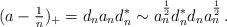
LaTeX: \begin{align*}(a-\tfrac{1}{n})_{+}=d_{n}a_{n}d_{n}^{*}\sim a^{\frac{1}{2}}_{n}d^{*}_{n}d_{n}a^{\frac{1}{2}}_{n}\,.\end{align*}